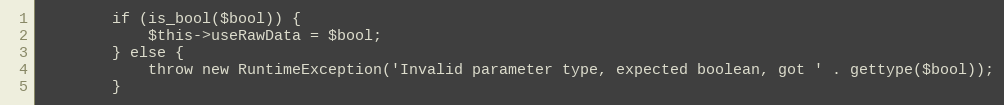
Language: PHP
		if (is_bool($bool)) {
			$this->useRawData = $bool;
		} else {
			throw new RuntimeException('Invalid parameter type, expected boolean, got ' . gettype($bool));
		}